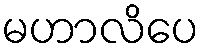
မဟာလိပေ